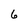
Character: 6